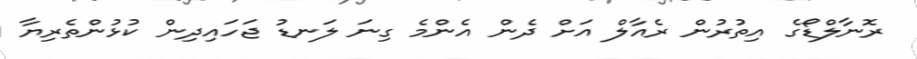
ރޮނާލްޑޯގެ އިތުރުން ރެއާލް އަށް ދެން އެންމެ ގިނަ ލަނޑު ޖަހައިދިން ކުޅުންތެރިޔާ